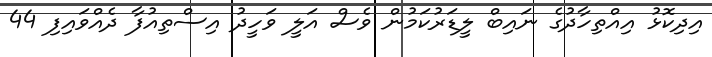
އިދިކޮޅު އިއްތިހާދުގެ ނައިބް ލީޑަރުކަމުން ވެސް އަލީ ވަހީދު އިސްތިއުފާ ދެއްވައިފި 44